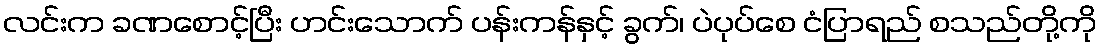
လင်းက ခဏစောင့်ပြီး ဟင်းသောက် ပန်းကန်နှင့် ခွက်၊ ပဲပုပ်စေ ငံပြာရည် စသည်တို့ကို